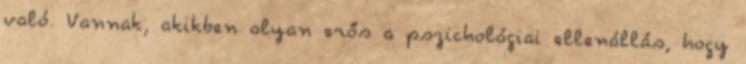
való. Vannak, akikben olyan erős a pszichológiai ellenállás, hogy